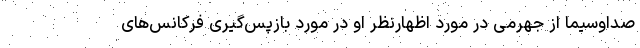
صداوسیما از جهرمی در مورد اظهارنظر او در مورد بازپس‌گیری فرکانس‌های